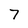
Character: 7